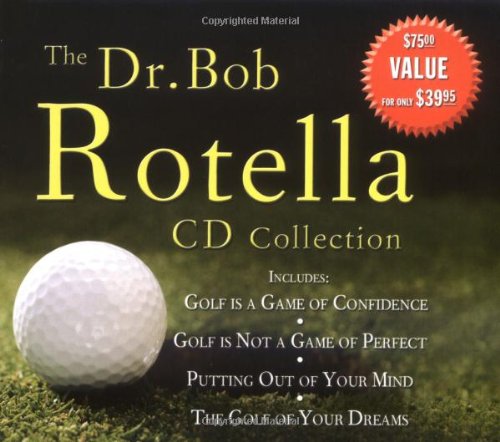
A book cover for The Dr. Bob Rotella CD Collection; Dr. Bob Rotella; Sports & Outdoors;